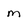
Character: m